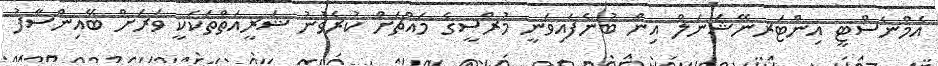
އެމްނެސްޓީ އިންޓަރނޭޝަނަލް އިން ބުނެފައިވަނީ މުރްސީގެ މައްޗަށް ކުރެވުނު ޝަރީއަތްތަކަކީ ވަރަށް ބޭއިންސާފު